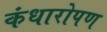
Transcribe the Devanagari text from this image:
कंधारोपण